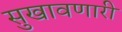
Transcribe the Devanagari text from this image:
सुखावणारी